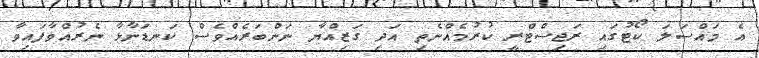
އެ މައްސަލަ ކޯޓުގައި ރަޖިސްޓްރީ ކުރުމެއްނެތި އަދި ގަޒިއްޔާ ނަންބަރެއްވެސް ކަނޑަނާޅާ ނެރުއްވާފައިވާ